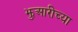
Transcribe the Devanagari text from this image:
झुआरीच्या